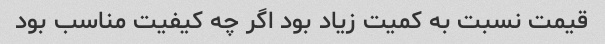
قیمت نسبت به کمیت زیاد بود اگر چه کیفیت مناسب بود